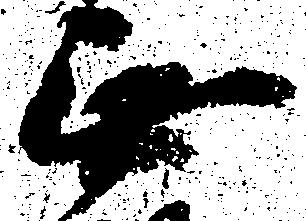
無